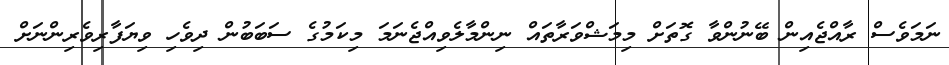
ނަމަވެސް ރާއްޖެއިން ބޭނުންވާ ގޮތަށް މިމަޝްވަރާތައް ނިންމާލެވިއްޖެނަމަ މިކަމުގެ ސަބަބުން ދިވެހި ވިޔަފާރިވެރިންނަށް